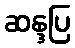
ဆန္ဒပြ